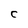
Character: C